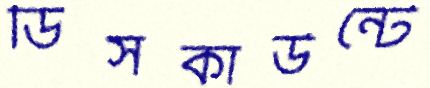
ডিসকাউন্টে